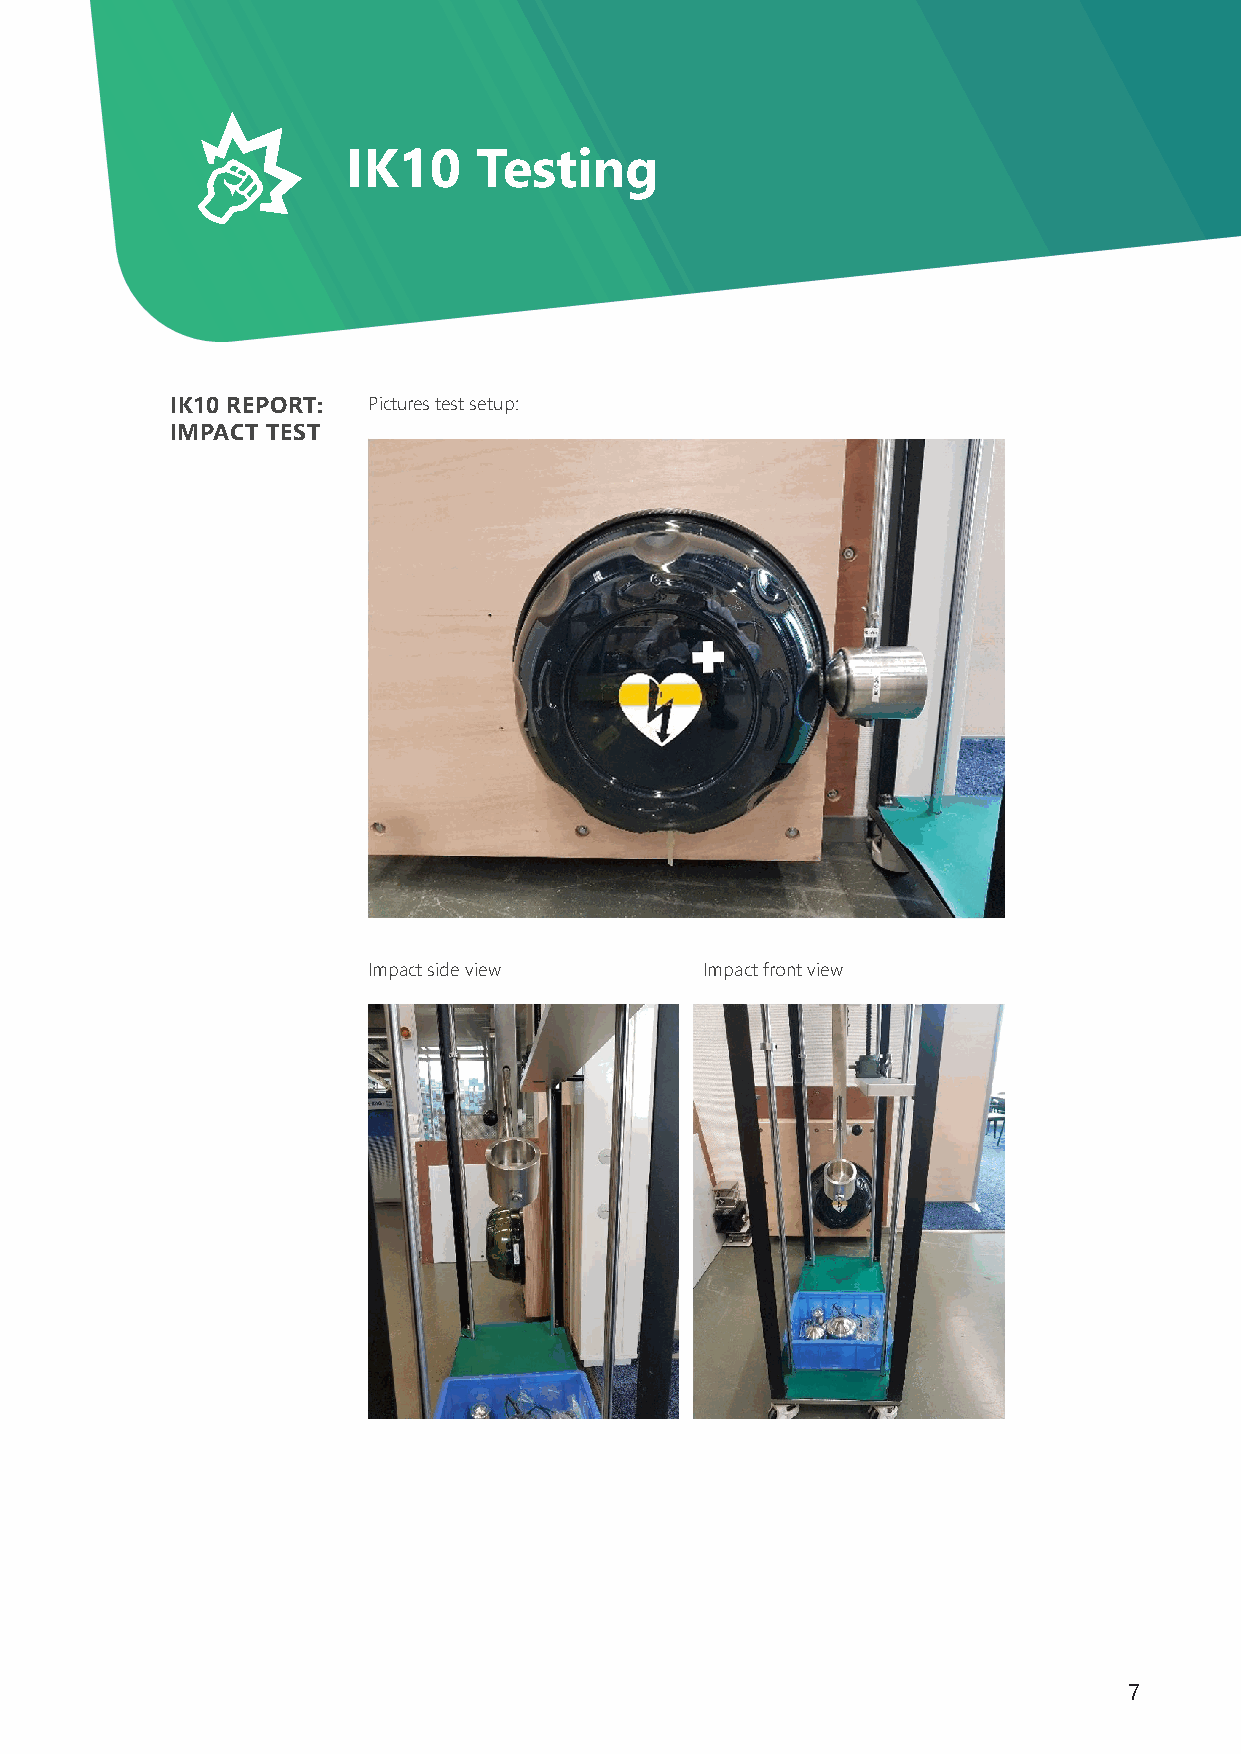
IK10    Testing
 IK10 REPORT: Pictures test setup:
 IMPACT TEST
 Impact side view       Impact front view
 7